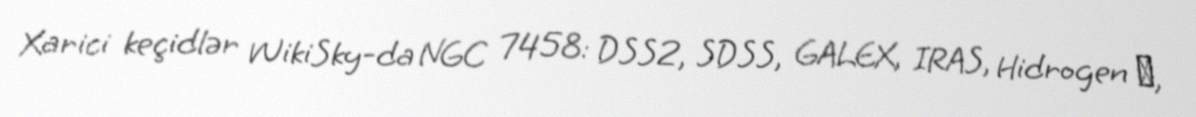
Xarici keçidlər WikiSky-da NGC 7458: DSS2, SDSS, GALEX, IRAS, Hidrogen α,